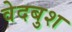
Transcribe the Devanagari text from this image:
वेदबुश